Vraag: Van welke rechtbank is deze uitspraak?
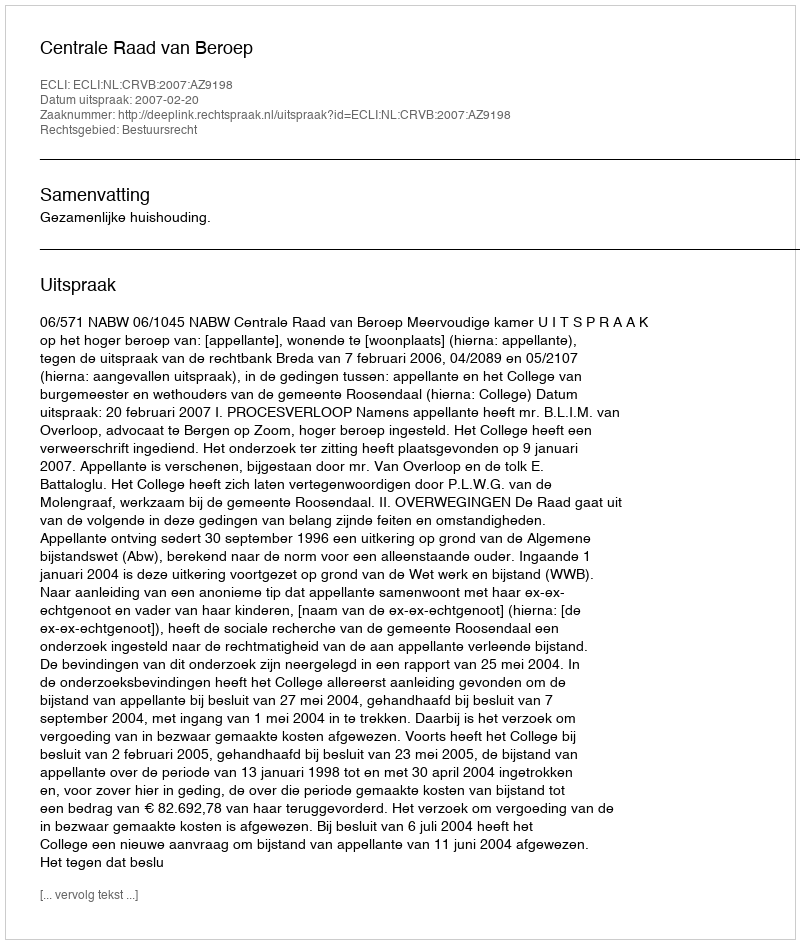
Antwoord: Centrale Raad van Beroep